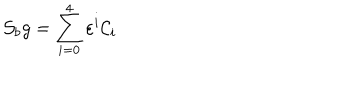
LaTeX: { \cal S } _ { b } g = \sum _ { i = 0 } ^ { 4 } \varepsilon ^ { i } { \cal C } _ { i }